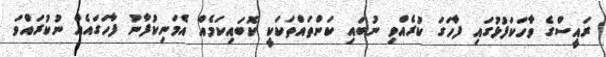
ރައީސްގެ ވާހަކަފުޅުގައި ފާހަގަ ކުރެއްވި ނުބައި ކަންތައްތަކަކީ ކޮބައިކަމެއް އެމަނިކުފާނު ފާހަގައެއް ނުކުރައްވަ